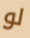
لو